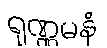
ရုဏ္ဏမနံ